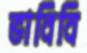
ভাবিবি